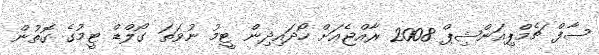
ސާފް ޗެމްޕިއަންޝިޕް 2008 ރާއްޖެއަށް ހޯދައިދިން ޓީމު ނުވަތަ ގޯލްޑް ޓީމުގެ ގޮތުން